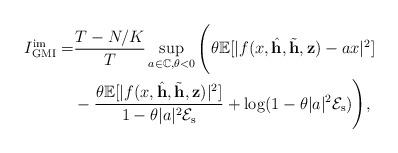
LaTeX: \begin{align*}I_{\mathrm{GMI}}^{\mathrm{im}}=&\frac{T - N/K}{T} \sup_{a\in\mathbb{C},\theta<0}\Bigg(\theta\mathbb{E}[|f(x,\hat{\mathbf{h}},\tilde{\mathbf{h}},\mathbf{z})-ax|^2]\\&-\frac{\theta\mathbb{E}[|f(x,\hat{\mathbf{h}},\tilde{\mathbf{h}},\mathbf{z})|^2]}{1-\theta|a|^2\mathcal{E}_\mathrm{s}}+\log(1-\theta|a|^2\mathcal{E}_\mathrm{s})\Bigg),\end{align*}